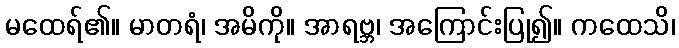
မထေရ်၏။ မာတရံ၊ အမိကို။ အာရဗ္ဘ၊ အကြောင်းပြု၍။ ကထေသိ၊